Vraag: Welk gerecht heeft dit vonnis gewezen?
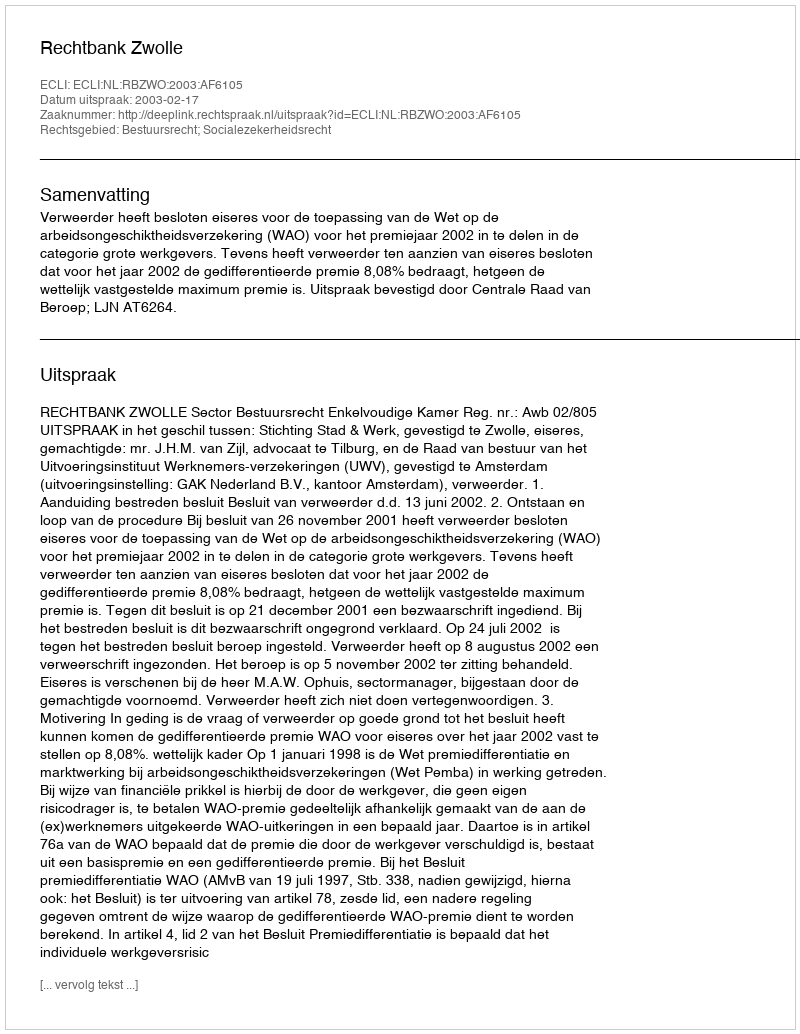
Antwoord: Rechtbank Zwolle